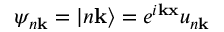
\psi _ { n \mathbf { k } } = | n \mathbf { k } \rangle = e ^ { i \mathbf { k } \mathbf { x } } u _ { n \mathbf { k } }